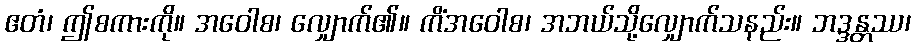
ဧတံ၊ ဤစကားကို။ အဝေါစ၊ လျှောက်၏။ ကိံအဝေါစ၊ အဘယ်သို့လျှောက်သနည်း။ ဘဒ္ဒန္တဿ၊